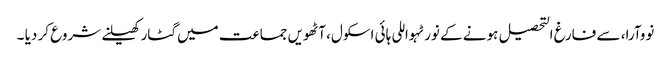
نووآرا، سے فارغ التحصیل ہونے کے نورٹہواللی ہائی اسکول، آٹھویں جماعت میں گٹار کھیلنے شروع کر دیا ۔